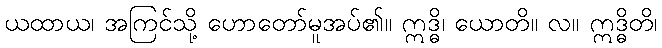
ယထာယ၊ အကြင်သို့ ဟောတော်မူအပ်၏။ ဣဒ္ဓိ၊ ယောတိ။ လ။ ဣဒ္ဓိတိ၊